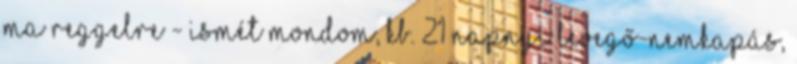
Ma reggelre - ismét mondom, kb. 21 napnyi levegő-nemkapás,